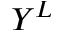
Y ^ { L }